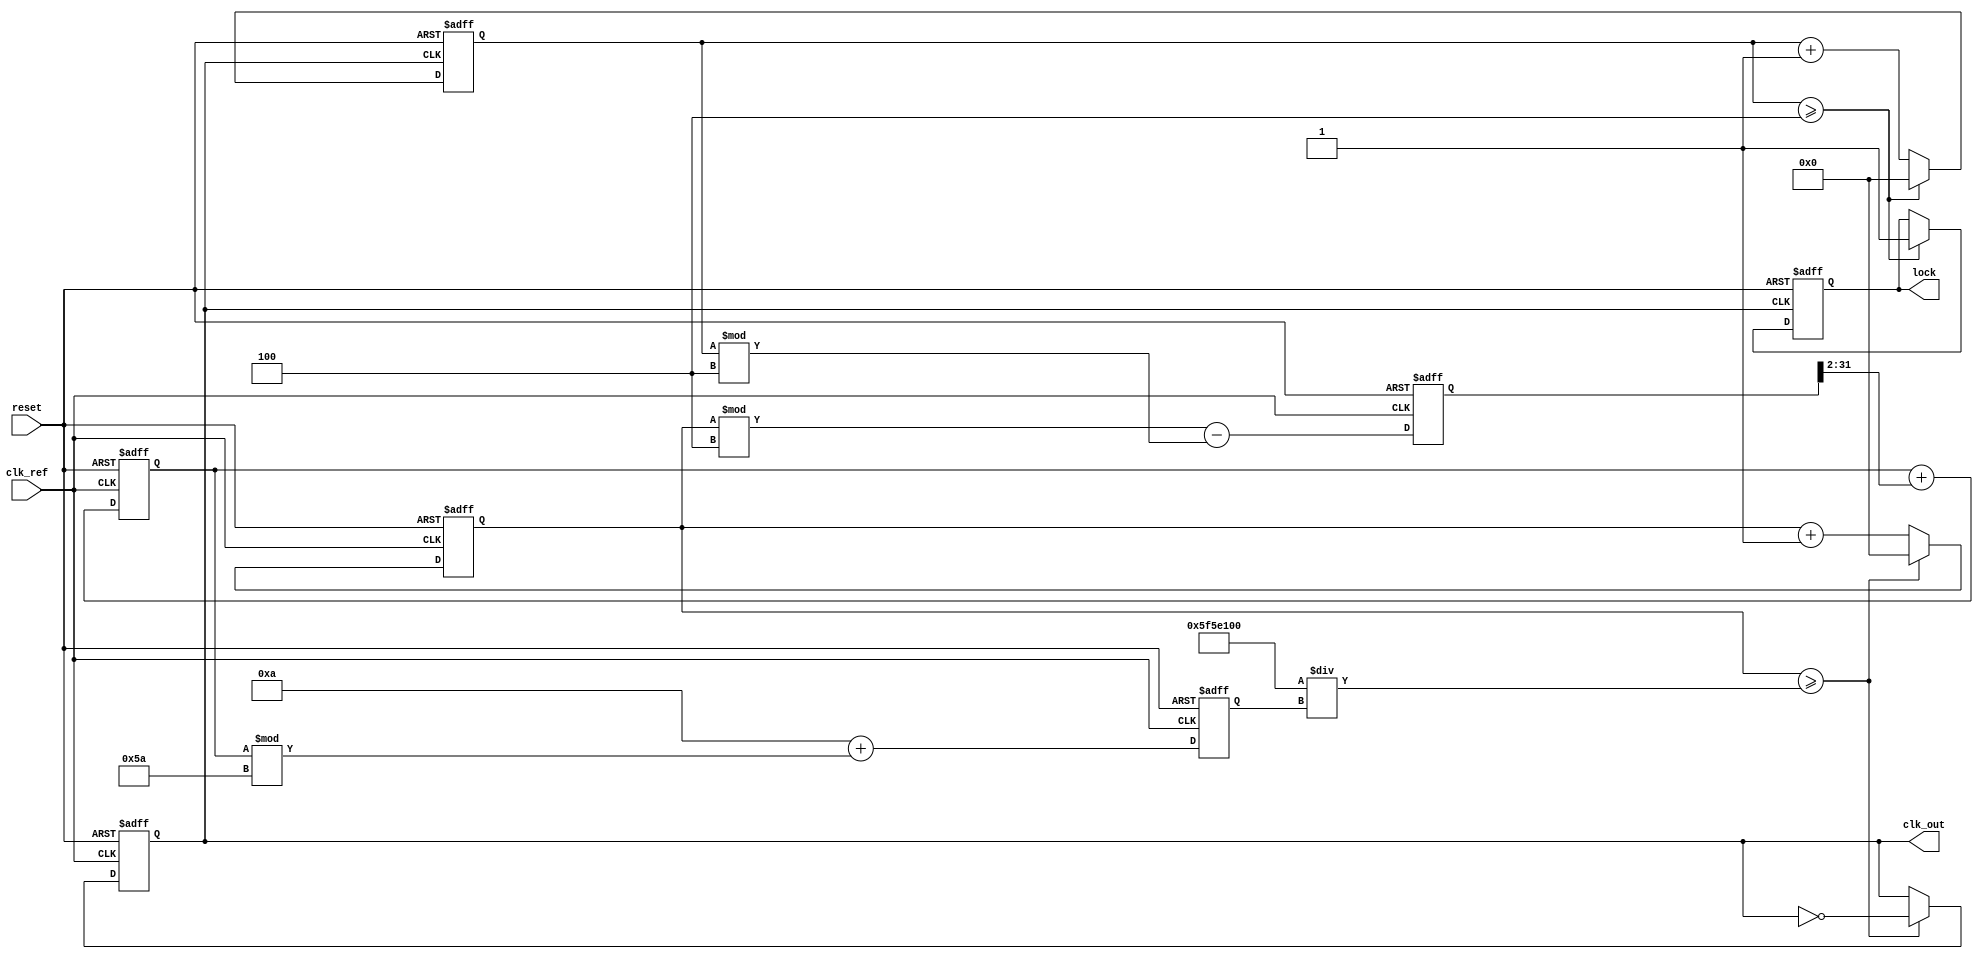
module PLL (
    input wire clk_ref,          // Reference clock input
    input wire reset,            // Reset signal
    output reg clk_out,          // Output clock
    output reg lock              // Lock status
);

    // Parameters
    parameter DIV_RATIO = 4;     // Feedback divider ratio
    parameter VCO_MAX_FREQ = 100; // Maximum frequency of VCO
    parameter VCO_MIN_FREQ = 10;  // Minimum frequency of VCO

    // Internal signals
    reg [31:0] phase_error;       // Phase error signal
    reg [31:0] control_voltage;    // Control voltage for VCO
    reg [31:0] vco_frequency;      // VCO frequency
    reg [31:0] feedback_divider;   // Feedback divider output
    reg [31:0] vco_counter;        // VCO counter for frequency generation

    // Phase Detector (PD)
    always @(posedge clk_ref or posedge reset) begin
        if (reset) begin
            phase_error <= 0;
        end else begin
            // Simple phase comparison (for illustration)
            phase_error <= (vco_counter % DIV_RATIO) - (feedback_divider % DIV_RATIO);
        end
    end

    // Low Pass Filter (LPF)
    always @(posedge clk_ref or posedge reset) begin
        if (reset) begin
            control_voltage <= 0;
        end else begin
            // Simple LPF implementation (for illustration)
            control_voltage <= control_voltage + (phase_error >> 2); // Simple averaging
        end
    end

    // Voltage-Controlled Oscillator (VCO)
    always @(posedge clk_ref or posedge reset) begin
        if (reset) begin
            vco_frequency <= VCO_MIN_FREQ;
            vco_counter <= 0;
            clk_out <= 0;
        end else begin
            // Update VCO frequency based on control voltage
            vco_frequency <= VCO_MIN_FREQ + (control_voltage % (VCO_MAX_FREQ - VCO_MIN_FREQ));
            // Generate output clock based on VCO frequency
            if (vco_counter >= (100000000 / vco_frequency)) begin // Assuming clk_ref is 100MHz
                clk_out <= ~clk_out;
                vco_counter <= 0;
            end else begin
                vco_counter <= vco_counter + 1;
            end
        end
    end

    // Feedback Divider
    always @(posedge clk_out or posedge reset) begin
        if (reset) begin
            feedback_divider <= 0;
            lock <= 0;
        end else begin
            feedback_divider <= feedback_divider + 1;
            if (feedback_divider >= DIV_RATIO) begin
                feedback_divider <= 0;
                lock <= 1; // Indicate lock status
            end
        end
    end

endmodule